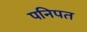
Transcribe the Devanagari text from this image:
पनिपत